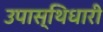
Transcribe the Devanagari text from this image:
उपास्थिधारी